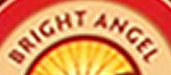
BRIGHT ANGEL